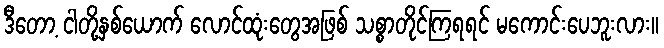
ဒီတော့ ငါတို့နှစ်ယောက် လောင်ထုံးတွေအဖြစ် သစ္စာတိုင်ကြရရင် မကောင်းပေဘူးလား။